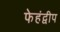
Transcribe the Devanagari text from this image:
फेहंद्वीप